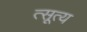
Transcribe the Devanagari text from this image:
त्सूत्य